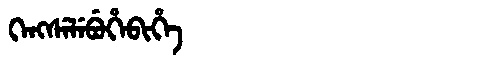
Manchu: ᡴᡝᠩᠰᡝᠯᡝᠪᡠᡥᡝᠪᡳᡥᡝ
Romanization: KENGSELEBUHEBIHE